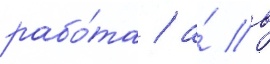
рабо́та / а́ в